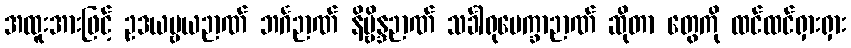
အထူးအားဖြင့် ဥဒယဗ္ဗယဉာဏ် ဘင်္ဂဉာဏ် နိဗ္ဗိန္ဒဉာဏ် သင်္ခါရုပေက္ခာဉာဏ် ဆိုတာ တွေကို ထင်ထင်ရှားရှား